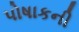
પોષાકની